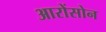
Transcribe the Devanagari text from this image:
आरोंसोन